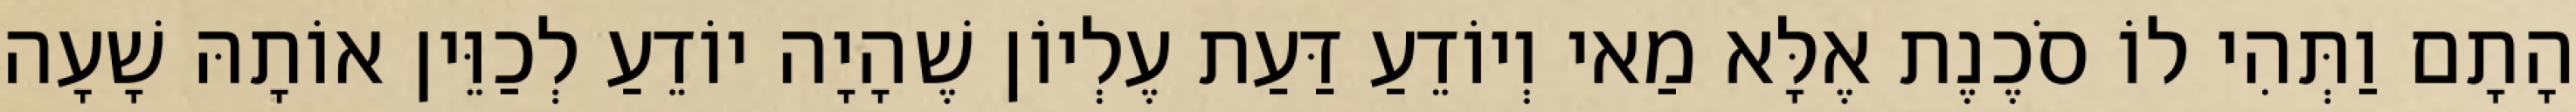
הָתָם וַתְּהִי לוֹ סֹכֶנֶת אֶלָּא מַאי וְיוֹדֵעַ דַּעַת עֶלְיוֹן שֶׁהָיָה יוֹדֵעַ לְכַוֵּין אוֹתָהּ שָׁעָה